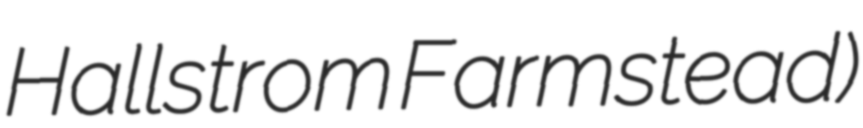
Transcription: Hallstrom Farmstead)